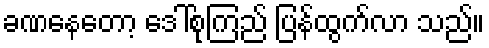
ခဏနေတော့ ဒေါ်စုကြည် ပြန်ထွက်လာ သည်။